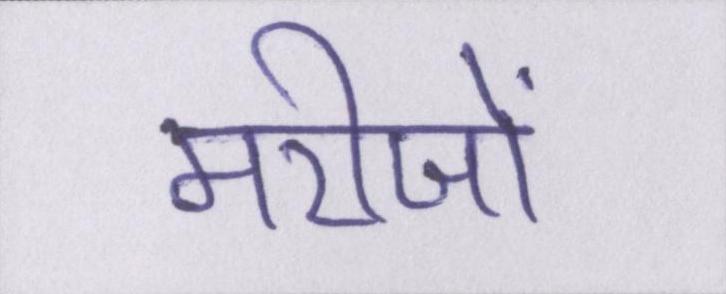
मरीजों